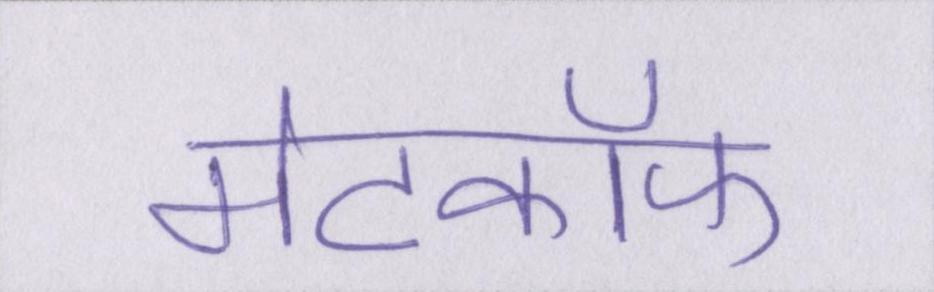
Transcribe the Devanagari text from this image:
मेटकॉफ